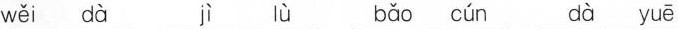
wěi dà jì lù bǎo cún dà yuē